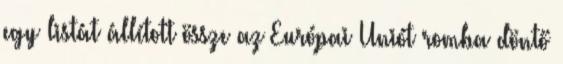
egy listát állított össze az Európai Uniót romba döntő